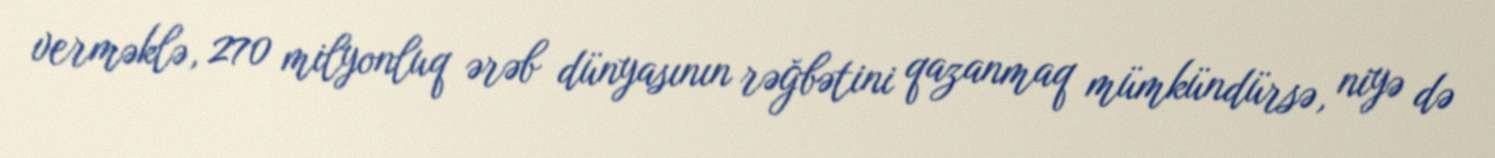
verməklə, 270 milyonluq ərəb dünyasının rəğbətini qazanmaq mümkündürsə, niyə də